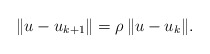
\begin{align*}\Vert u - u_{k+1} \Vert = \rho \, \Vert u - u_{k} \Vert.\end{align*}